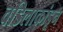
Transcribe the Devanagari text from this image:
वडिलाकांडून